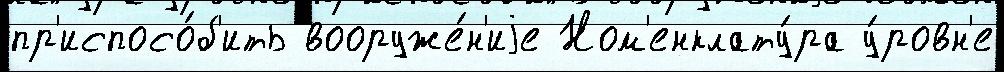
пр'испосо́б'ить вооруже́н'иjе Ном'енклату́ра у́ровн'е